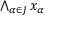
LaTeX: \textstyle \bigwedge _ { \alpha \in J } x _ { \alpha }